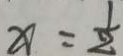
x = \frac { 1 } { 2 }